Leningradi_Edasi_toimetus, lk 14
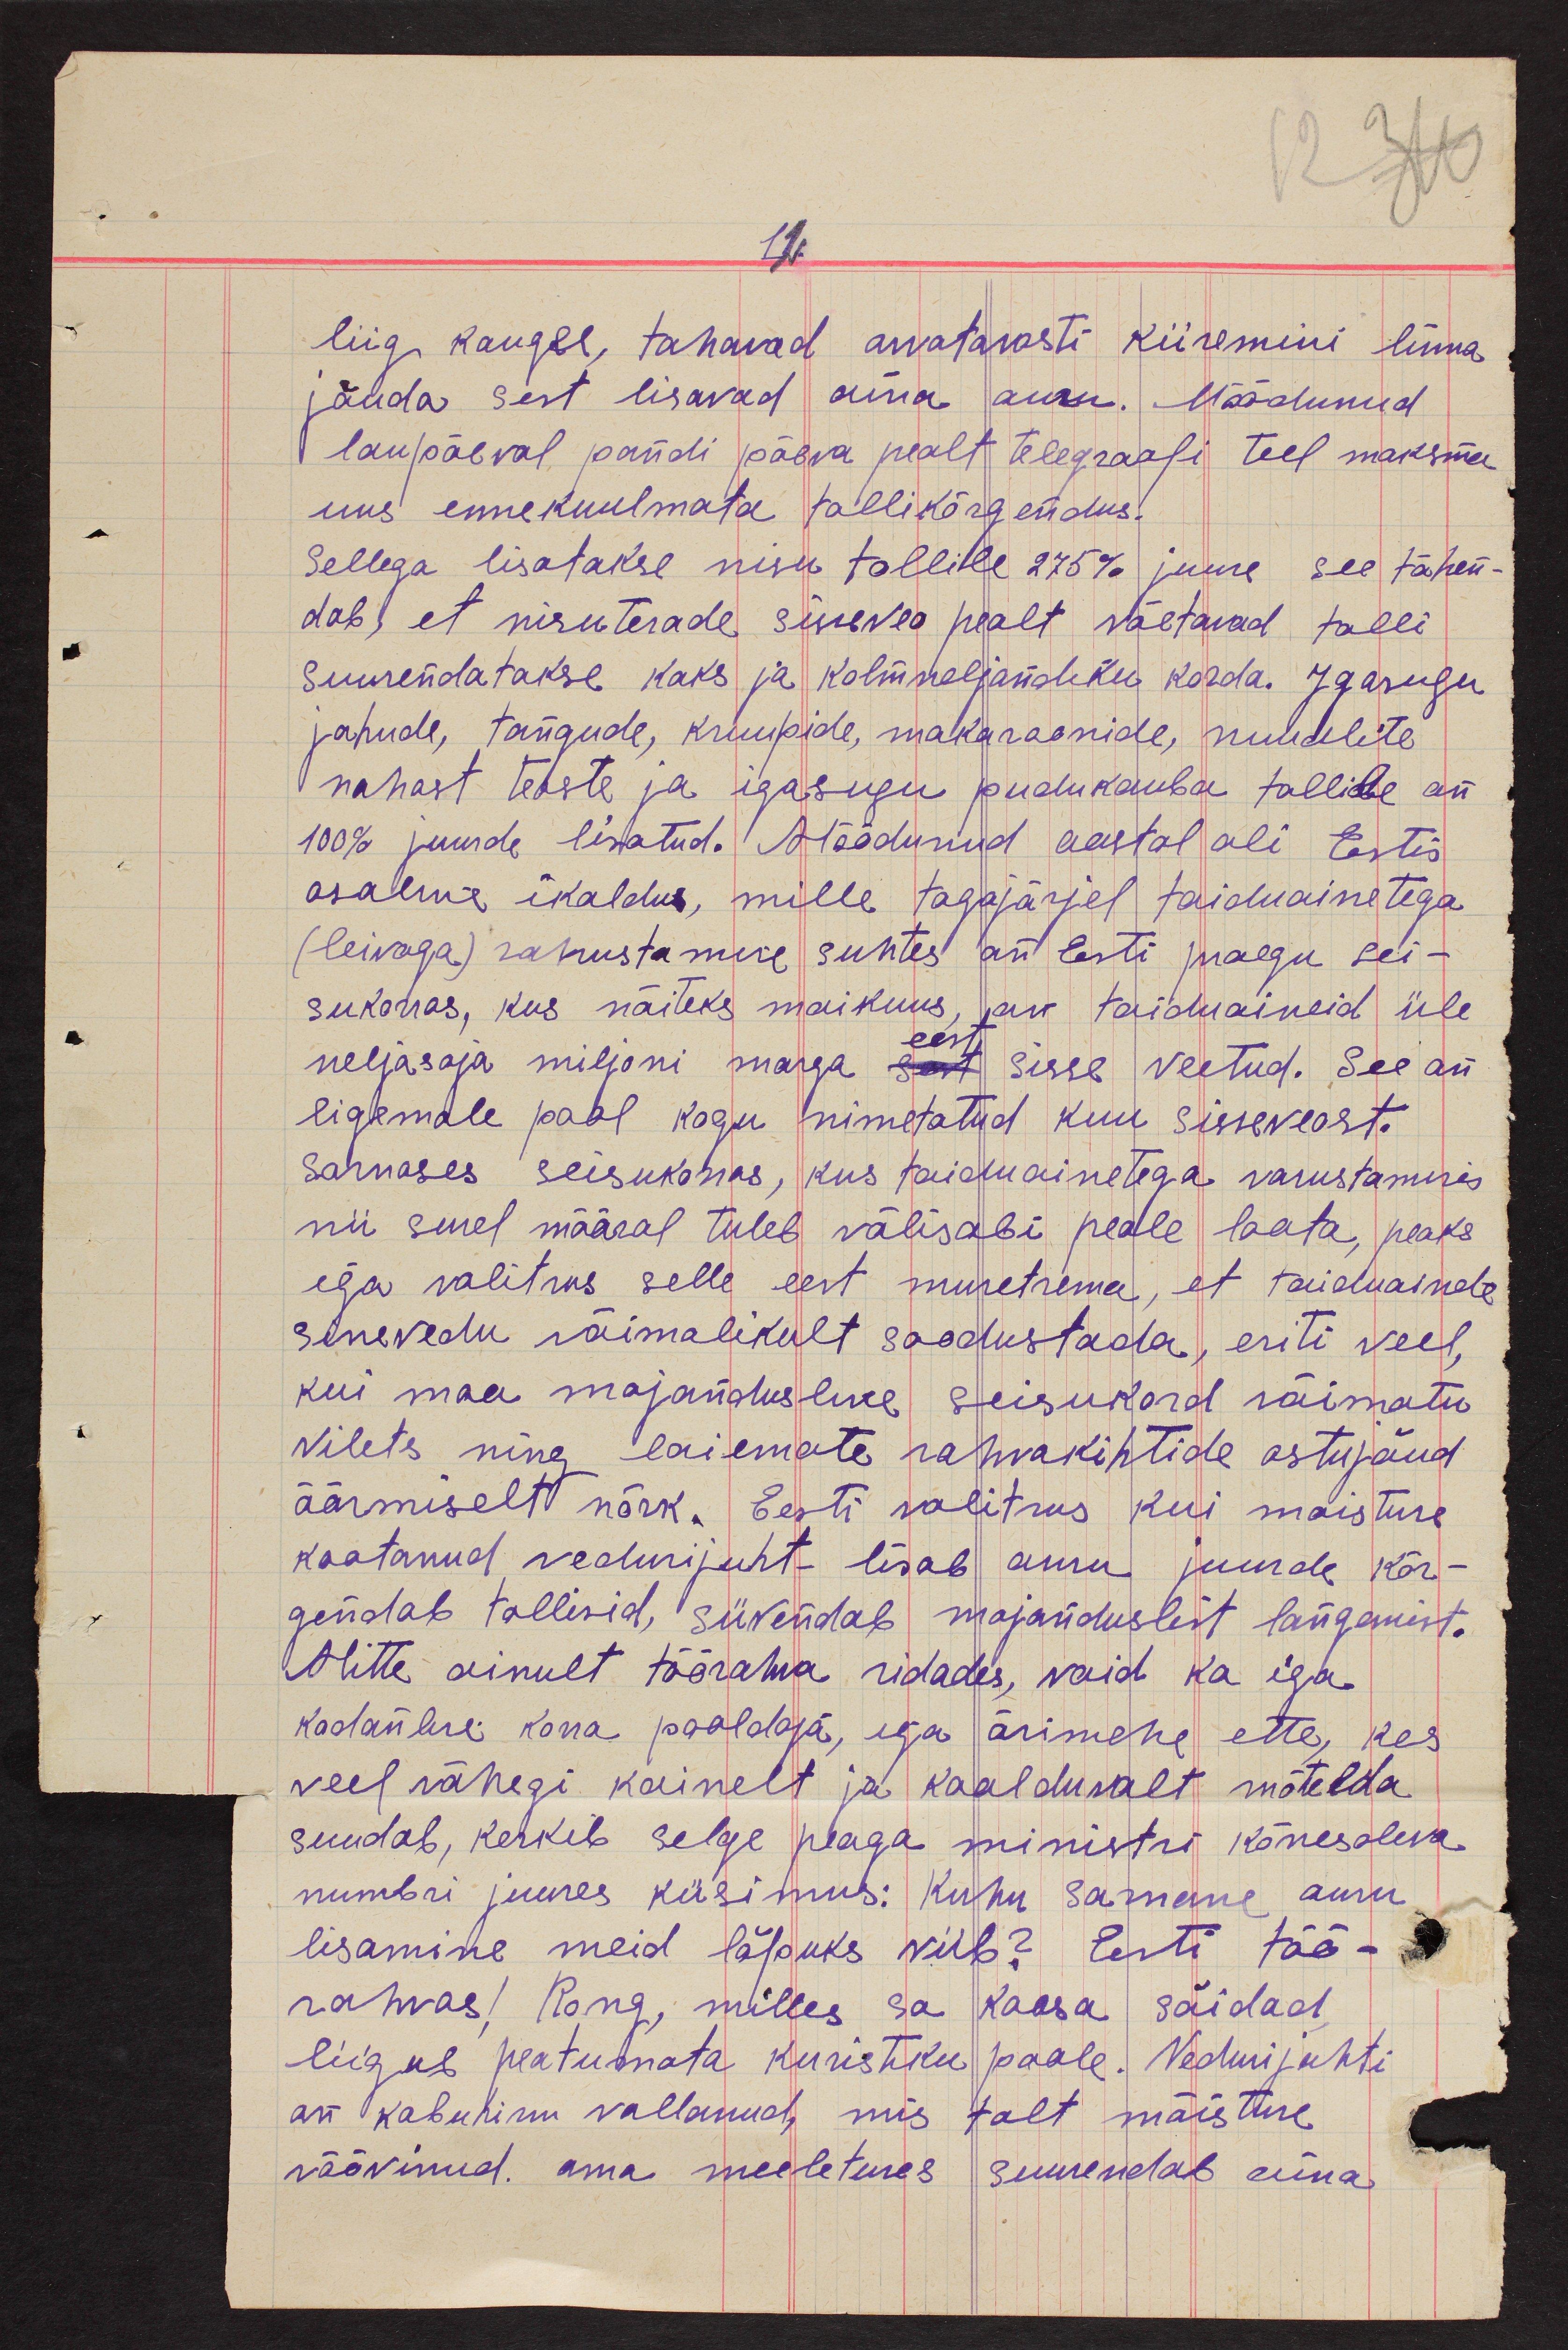
12.
liig kaugel, tahavad arvatavasti kiiremini linna
jõuda sest lisavad aina auru. Möödunud
laupäeval pandi päeva pealt telegraafi teel maksma
uus ennekuulmata tollikõrgendus.
Sellega lisatakse nisu tollile 275% juure see tähen-
dab, et nisuterade sisseveo pealt võetavad tolli
suurendatakse kaks ja kolmneljandiku korda. Igasugu
jahude, tangude, kruupide, makaroonide, nuudlite
nahast teoste ja igasugu pudukauba tollide on
100% juurde lisatud. Möödunud aastal oli Eestis
osaline ikaldus, mille tagajärjel toiduainetega
(leivaga) rahustamise suhtes on Eesti praegu sei-
sukorras, kus näiteks maikuus, on toiduaineid üle
neljasaja miljoni marga sest sisse veetud. See on
eest
ligemale pool kogu nimetatud kuu sisseveost.
Sarnases seisukorras, kus toiduainetega varustamises
nii surel määral tuleb välisabi peale loota, peaks
iga valitsus selle eest muretsema, et toiduainete
sissevedu võimalikult soodustada, eriti veel,
kui maa majandusline seisukord võimatu
vilets ning laiemate rahvakihtide ostujõud
äärmiselt nõrk. Eesti valitsus kui moistuse
kaotanud vedurijuht- lisab auru juurde kõr-
gendab tollisid, süvendab majanduslist langemist.
Mitte ainult töörahva ridades, vaid ka iga
kodanlise korra pooldaja, iga ärimehe ette, kes
veel vähegi kainelt ja kaalduvalt mõtelda
suudab, kerkib selge peaga ministri kõnesoleva
numbri juures küsimus: Kuhu sarnane auru
lisamine meid lõpuks viib? Eesti töö-
rahvas! Rong, milles sa kaasa sõidad
liigub peatumata kuristiku poole. Vedurijuhti
on kabuhirm vallanud, mis talt mõistuse
röövinud. oma meeletuses suurendab aina